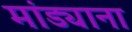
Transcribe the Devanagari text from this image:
मांड्याना